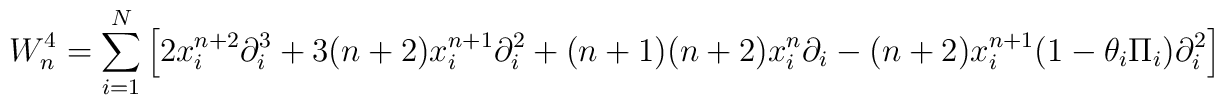
W_{n}^{4}=\sum_{i=1}^{N}\left[2x_{i}^{n+2}\partial_{i}^{3}+3(n+2)x_{i}^{n+1}\partial_{i}^{2}+ (n+1)(n+2)x_{i}^{n}\partial_{i}-(n+2)x_{i}^{n+1}(1-\theta_{i}\Pi_{i})\partial_{i}^{2}\right]